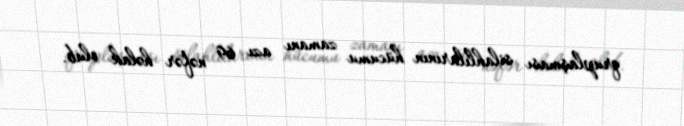
qruplaşması silahlılarının hücumu zamanı azı 69 nəfər həlak olub.